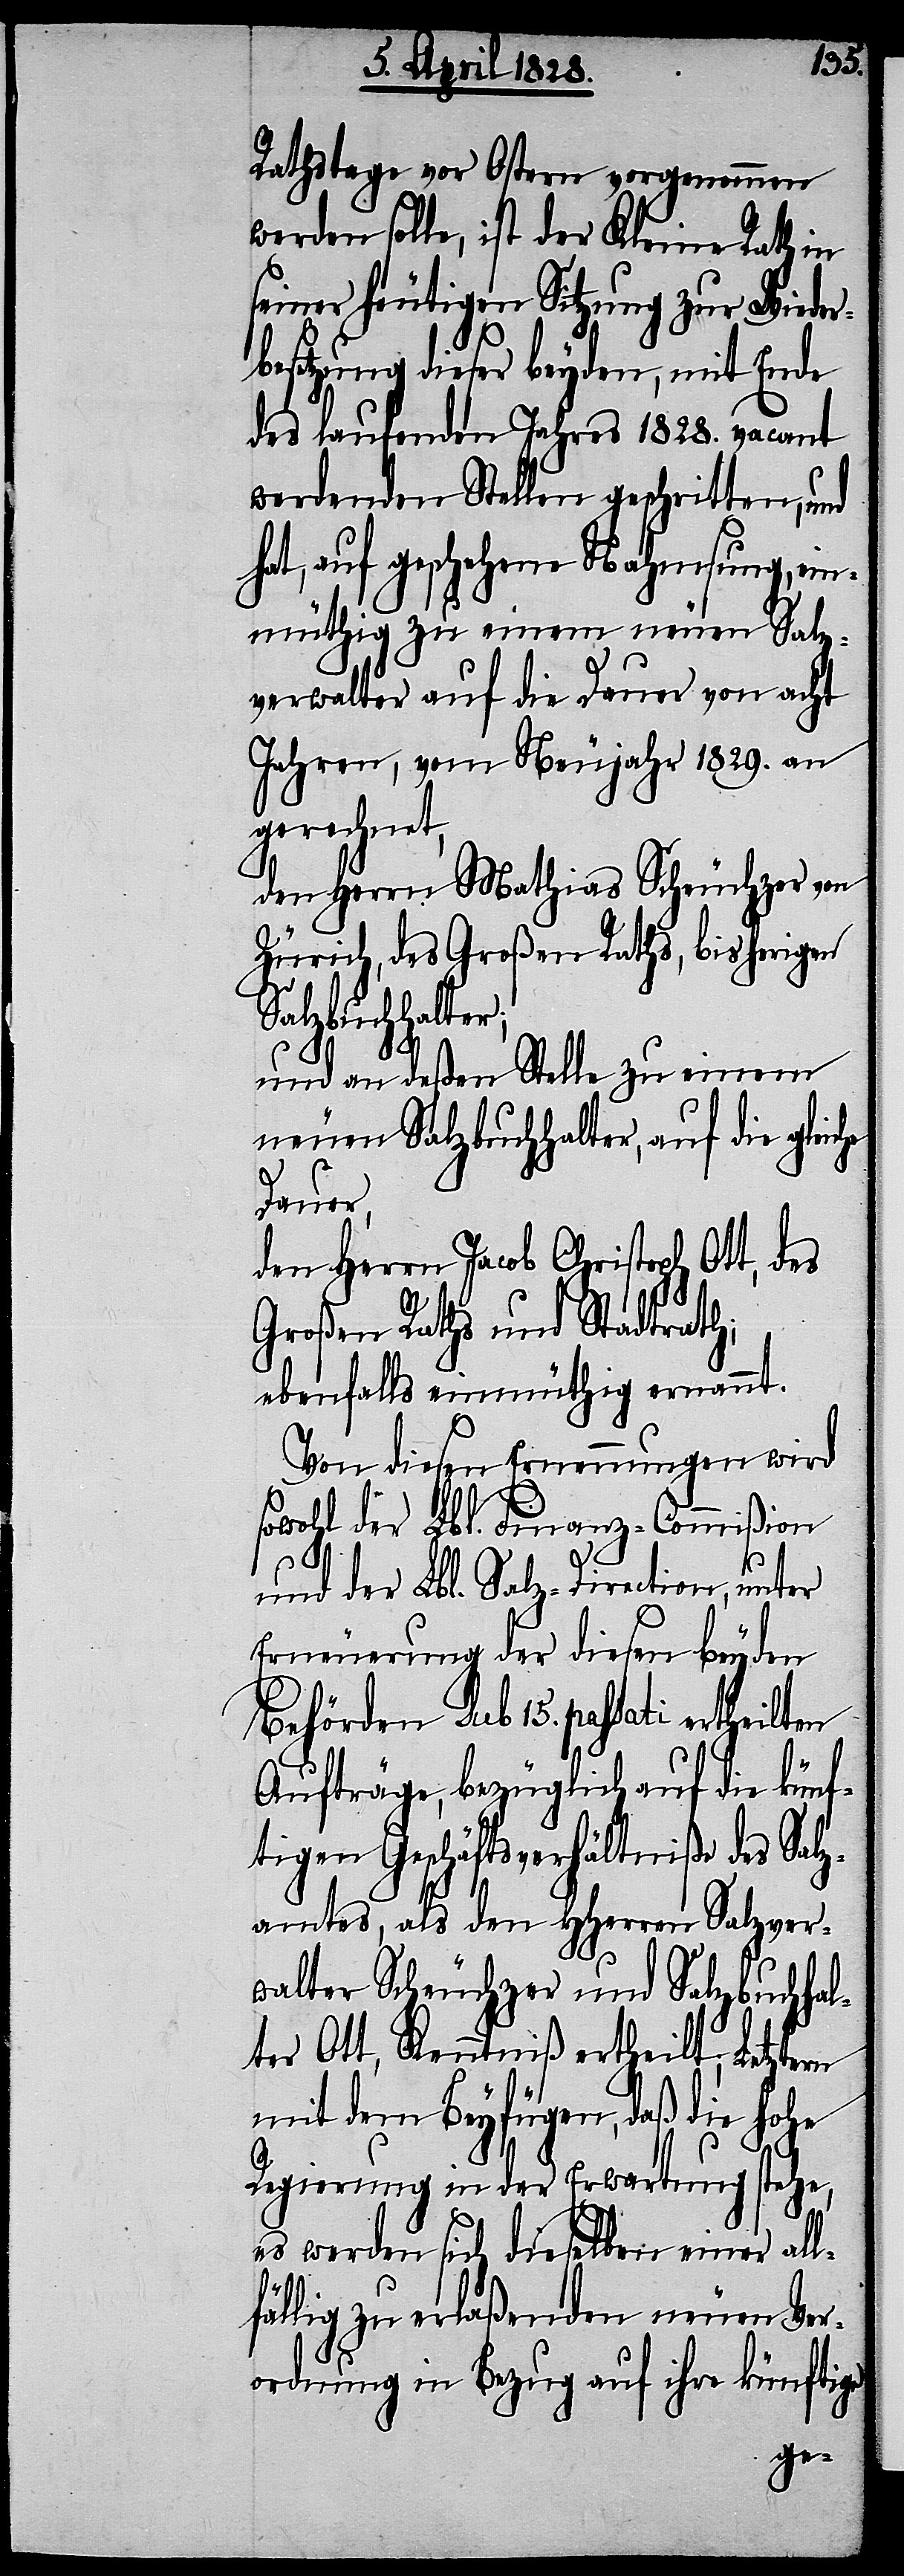
Rathstage vor Ostern vorgenommen
werden solle, ist der Kleine Rath in
seiner heutigen Sitzung zur Wider¬
besetzung dieser beyden, mit Ende
des laufenden Jahres 1828. vacant
werdenden Stellen geschritten, und
hat, auf geschehene Nahmsung, ein¬
müthig zu einem neuen Salz¬
verwalter auf die Dauer von acht
Jahren, vom Neujahr 1829. an
gerechnet,
den Herrn Mathias Scheuchzer von
Zürich, des Großen Raths, bisherigen
Salzbuchhalter;
und an deßen Stelle zu einem
neuen Salzbuchhalter, auf die gleic¬
Dauer,
den Herrn Jacob Christoph Ott, des
Großen Raths und Stadtrath;
ebenfalls einmüthig ernannt.
Von diesen Ernennungen wird
sowohl der Lbl. Finanz-Commißion
he
und der Lbl. Salz-Direction, unter
Erneuerung der diesen beyden
Behörden sub 15. passati ertheilten
Aufträge, bezüglich auf die künf¬
tigen Geschäftsverhältniße des Salz¬
amtes, als den HHerren Salzver¬
walter Scheuchzer und Salzbuchhal¬
ter Ott, Kenntniß ertheilt; Letztern
mit dem Beyfügen, daß die hohe
Regierung in der Erwartung stehe,
es werden sich dieselben einer all¬
fällig zu erlaßenden neuen Ver¬
ordnung in Bezug auf ihre künftige